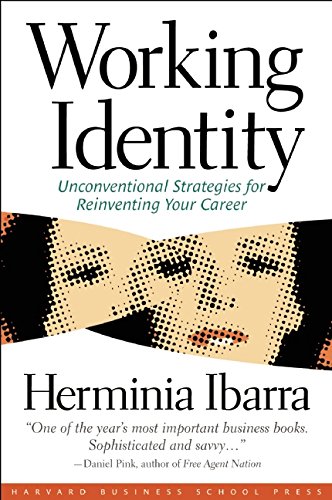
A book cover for Working Identity: Unconventional Strategies for Reinventing Your Career; Herminia Ibarra; Business & Money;